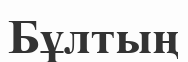
Бұлтың